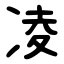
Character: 凌